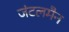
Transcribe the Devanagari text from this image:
जंटलमैन